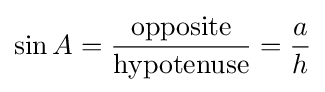
\sin A={\frac {\textrm {opposite}}{\textrm {hypotenuse}}}={\frac {a}{h}}